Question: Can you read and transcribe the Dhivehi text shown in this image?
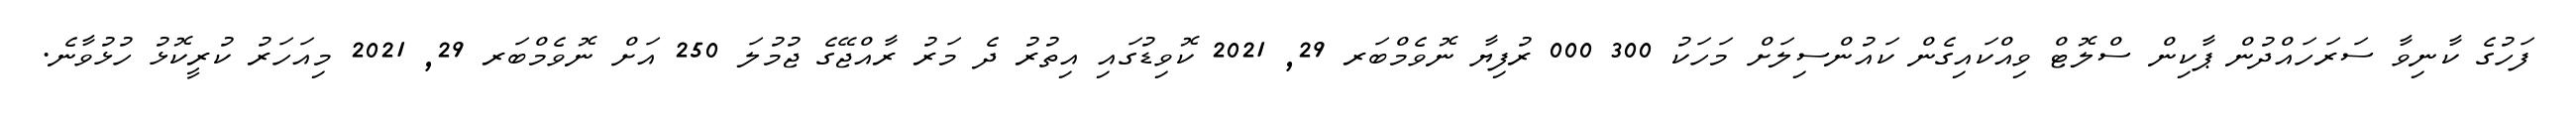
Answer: ފަހުގެ ކާނިވާ ސަރަހައްދުން ޕާކިން ސްލޮޓް ވިއްކައިގެން ކައުންސިލަށް މަހަކު 300 000 ރުފިޔާ ނޮވެމްބަރ 29, 2021 ކޮވިޑުގައި އިތުރު ދެ މަރު ރާއްޖޭގެ ޖުމުލަ 250 އަށް ނޮވެމްބަރ 29, 2021 މިއަހަރު ކުރީކޮޅު ހުޅުވާނެ.